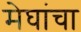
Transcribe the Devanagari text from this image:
मेघांचा